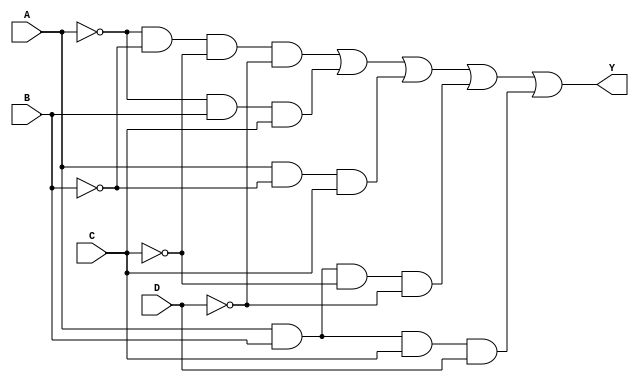
module kmap_4_variable (
    input wire A,     // Input variable A
    input wire B,     // Input variable B
    input wire C,     // Input variable C
    input wire D,     // Input variable D
    output wire Y     // Output
);

// K-map simplified expression for Y
// Example: Y = A'B'D' + A'BC + AB'C + ABC'D + ABCD' (you must replace this with your actual expression from K-map)
assign Y = (~A & ~B & ~C & ~D) | (~A & B & C) | (A & ~B & C) | (A & B & ~C & ~D) | (A & B & C & D);

// Additional logic could be implemented directly, if needed for clarity.

endmodule